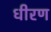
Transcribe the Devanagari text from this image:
धीरण